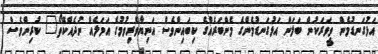
އަޅުގަނޑުމެން ވީވަރަކުން ބަލަން އަޅުގަނޑުމެންގެ މެންބަރެއްގެ ކިބައިންވެސް އަނިޔާވެރިވުމުގެ އަމަލެއް ނުދެއްކޭތޯ" ކުރިންވެސް